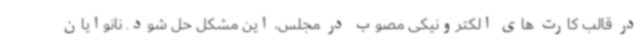
در قالب کارت های الکترونیکی مصوب در مجلس، این مشکل حل شود. نانوایان